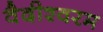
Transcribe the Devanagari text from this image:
वैदीश्वरम